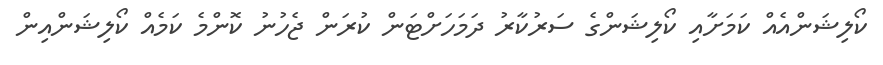
ކޯލިޝަންއެއް ކަމަށާއި ކޯލިޝަންގެ ސަރުކާރު ދަމަހަށްޓަން ކުރަން ޖެހުނު ކޮންމެ ކަމެއް ކޯލިޝަންއިން